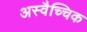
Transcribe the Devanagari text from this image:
अस्वैच्चिक